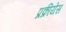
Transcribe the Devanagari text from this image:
प्रक्रीयेस